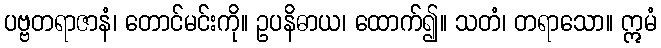
ပဗ္ဗတရာဇာနံ၊ တောင်မင်းကို။ ဥပနိဓာယ၊ ထောက်၍။ သတံ၊ တရာသော။ ဣမံ